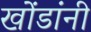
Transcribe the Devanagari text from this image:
खोंडांनी